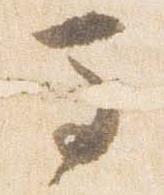
馬